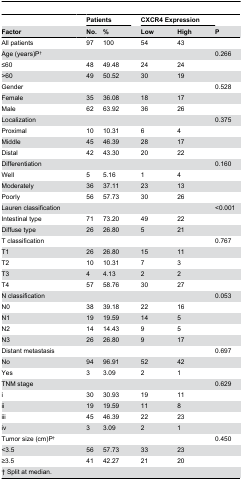
<table><thead><tr><td></td><td></td><td colspan="2"><b>Patients</b></td><td></td><td colspan="2"><b>CXCR4 Expression</b></td><td></td></tr><tr><td><b>Factor</b></td><td></td><td><b>No.</b></td><td><b>%</b></td><td></td><td><b>Low</b></td><td><b>High</b></td><td><b>P</b></td></tr></thead><tbody><tr><td>All patients</td><td></td><td>97</td><td>100</td><td></td><td>54</td><td>43</td><td></td></tr><tr><td>Age (years)P<sup>†</sup></td><td></td><td></td><td></td><td></td><td></td><td></td><td>0.266</td></tr><tr><td>≤60</td><td></td><td>48</td><td>49.48</td><td></td><td>24</td><td>24</td><td></td></tr><tr><td>&gt;60</td><td></td><td>49</td><td>50.52</td><td></td><td>30</td><td>19</td><td></td></tr><tr><td>Gender</td><td></td><td></td><td></td><td></td><td></td><td></td><td>0.528</td></tr><tr><td>Female</td><td></td><td>35</td><td>36.08</td><td></td><td>18</td><td>17</td><td></td></tr><tr><td>Male</td><td></td><td>62</td><td>63.92</td><td></td><td>36</td><td>26</td><td></td></tr><tr><td>Localization</td><td></td><td></td><td></td><td></td><td></td><td></td><td>0.375</td></tr><tr><td>Proximal</td><td></td><td>10</td><td>10.31</td><td></td><td>6</td><td>4</td><td></td></tr><tr><td>Middle</td><td></td><td>45</td><td>46.39</td><td></td><td>28</td><td>17</td><td></td></tr><tr><td>Distal</td><td></td><td>42</td><td>43.30</td><td></td><td>20</td><td>22</td><td></td></tr><tr><td>Differentiation</td><td></td><td></td><td></td><td></td><td></td><td></td><td>0.160</td></tr><tr><td>Well</td><td></td><td>5</td><td>5.16</td><td></td><td>1</td><td>4</td><td></td></tr><tr><td>Moderately</td><td></td><td>36</td><td>37.11</td><td></td><td>23</td><td>13</td><td></td></tr><tr><td>Poorly</td><td></td><td>56</td><td>57.73</td><td></td><td>30</td><td>26</td><td></td></tr><tr><td colspan="2">Lauren classification</td><td></td><td></td><td></td><td></td><td></td><td>&lt;0.001</td></tr><tr><td>Intestinal type</td><td></td><td>71</td><td>73.20</td><td></td><td>49</td><td>22</td><td></td></tr><tr><td>Diffuse type</td><td></td><td>26</td><td>26.80</td><td></td><td>5</td><td>21</td><td></td></tr><tr><td>T classification</td><td></td><td></td><td></td><td></td><td></td><td></td><td>0.767</td></tr><tr><td>T1</td><td></td><td>26</td><td>26.80</td><td></td><td>15</td><td>11</td><td></td></tr><tr><td>T2</td><td></td><td>10</td><td>10.31</td><td></td><td>7</td><td>3</td><td></td></tr><tr><td>T3</td><td></td><td>4</td><td>4.13</td><td></td><td>2</td><td>2</td><td></td></tr><tr><td>T4</td><td></td><td>57</td><td>58.76</td><td></td><td>30</td><td>27</td><td></td></tr><tr><td>N classification</td><td></td><td></td><td></td><td></td><td></td><td></td><td>0.053</td></tr><tr><td>N0</td><td></td><td>38</td><td>39.18</td><td></td><td>22</td><td>16</td><td></td></tr><tr><td>N1</td><td></td><td>19</td><td>19.59</td><td></td><td>14</td><td>5</td><td></td></tr><tr><td>N2</td><td></td><td>14</td><td>14.43</td><td></td><td>9</td><td>5</td><td></td></tr><tr><td>N3</td><td></td><td>26</td><td>26.80</td><td></td><td>9</td><td>17</td><td></td></tr><tr><td colspan="2">Distant metastasis</td><td></td><td></td><td></td><td></td><td></td><td>0.697</td></tr><tr><td>No</td><td></td><td>94</td><td>96.91</td><td></td><td>52</td><td>42</td><td></td></tr><tr><td>Yes</td><td></td><td>3</td><td>3.09</td><td></td><td>2</td><td>1</td><td></td></tr><tr><td>TNM stage</td><td></td><td></td><td></td><td></td><td></td><td></td><td>0.629</td></tr><tr><td>i</td><td></td><td>30</td><td>30.93</td><td></td><td>19</td><td>11</td><td></td></tr><tr><td>ii</td><td></td><td>19</td><td>19.59</td><td></td><td>11</td><td>8</td><td></td></tr><tr><td>iii</td><td></td><td>45</td><td>46.39</td><td></td><td>22</td><td>23</td><td></td></tr><tr><td>iv</td><td></td><td>3</td><td>3.09</td><td></td><td>2</td><td>1</td><td></td></tr><tr><td>Tumor size (cm)P<sup>†</sup></td><td></td><td></td><td></td><td></td><td></td><td></td><td>0.450</td></tr><tr><td>&lt;3.5</td><td></td><td>56</td><td>57.73</td><td></td><td>33</td><td>23</td><td></td></tr><tr><td>≥3.5</td><td></td><td>41</td><td>42.27</td><td></td><td>21</td><td>20</td><td></td></tr><tr><td colspan="8">† Split at median.</td></tr></tbody></table>